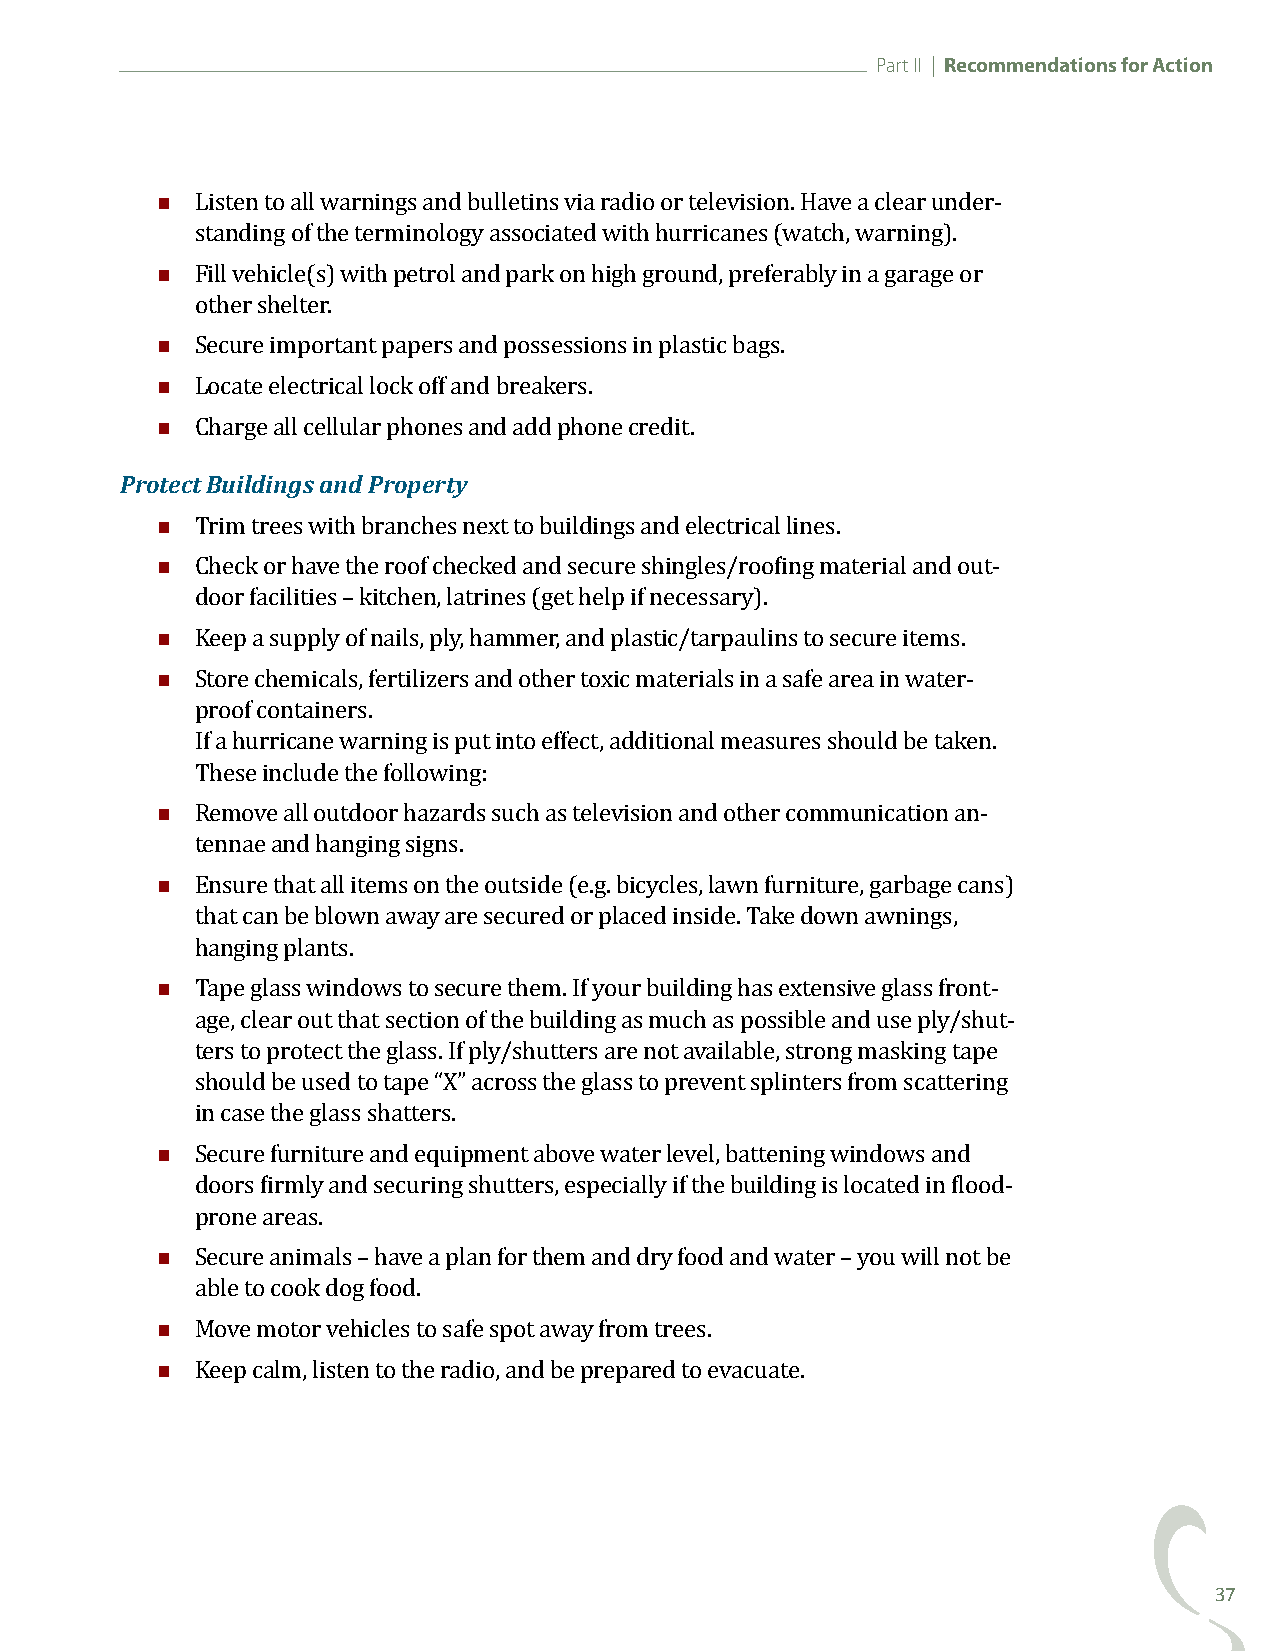
Part II | Recommendations for Action
 
 Listen to all warnings and bulletins via radio or television. Have a clear under-
 
 standing of the terminology associated with hurricanes (watch, warning).
 Fill vehicle(s) with petrol and park on high ground, preferably in a garage or
 
 other shelter.
 
 Secure important papers and possessions in plastic bags.
 
 Locate electrical lock off and breakers.
 Prote ctC Bhaurigldei anlgl sc eallnudla Pr rpohpoenretsy and add phone credit.
 
 
 Trim trees with branches next to buildings and electrical lines.
 Check or have the roof checked and secure shingles/roofing material and out-
 
 door facilities – kitchen, latrines (get help if necessary).
 
 Keep a supply of nails, ply, hammer, and plastic/tarpaulins to secure items.
 Store chemicals, fertilizers and other toxic materials in a safe area in water-
 proof containers.
 If a hurricane warning is put into effect, additional measures should be taken.
 
 These include the following:
 Remove all outdoor hazards such as television and other communication an-
 
 tennae and hanging signs.
 Ensure that all items on the outside (e.g. bicycles, lawn furniture, garbage cans)
 that can be blown away are secured or placed inside. Take down awnings,
 
 hanging plants.
 Tape glass windows to secure them. If your building has extensive glass front-
 age, clear out that section of the building as much as possible and use ply/shut-
 ters to protect the glass. If ply/shutters are not available, strong masking tape
 should be used to tape “X” across the glass to prevent splinters from scattering
 
 in case the glass shatters.
 Secure furniture and equipment above water level, battening windows and
 doors firmly and securing shutters, especially if the building is located in flood-
 
 prone areas.
 Secure animals – have a plan for them and dry food and water – you will not be
 
 able to cook dog food.
 
 Move motor vehicles to safe spot away from trees.
 Keep calm, listen to the radio, and be prepared to evacuate.
 37